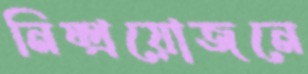
নিষ্প্রয়োজনে